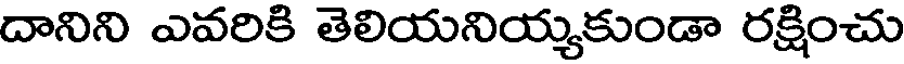
దానిని ఎవరికి తెలియనియ్యకుండా రక్షించు